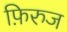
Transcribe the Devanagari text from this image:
फ़िरुज